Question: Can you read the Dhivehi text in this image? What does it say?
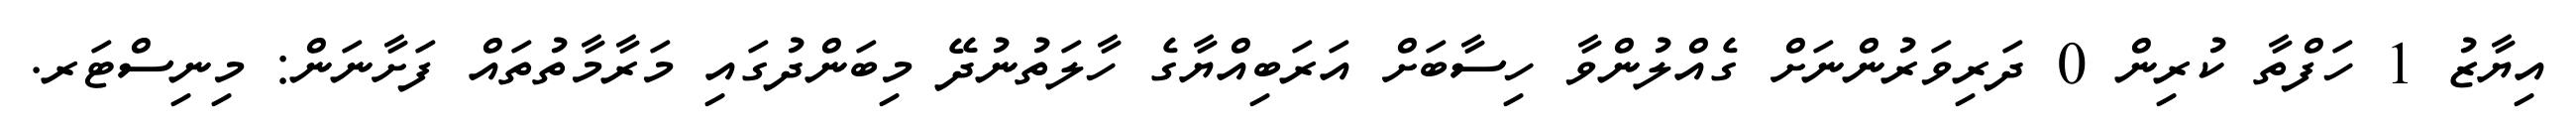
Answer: އިޔާޒު 1 ހަފްތާ ކުރިން 0 ދަރިވަރުންނަށް ގެއްލުންވާ ހިސާބަށް އަރަބިއްޔާގެ ހާލަތުނުދޭ މިބަންދުގައި މަރާމާތުތައް ފަށާނަން: މިނިސްޓަރ.